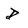
Character: D